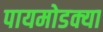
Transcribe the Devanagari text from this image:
पायमोडक्या